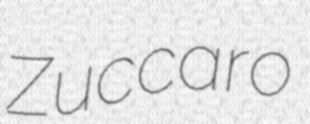
Zuccaro